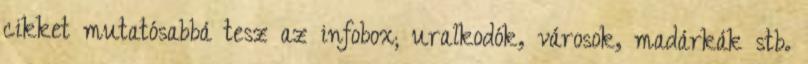
cikket mutatósabbá tesz az infobox; uralkodók, városok, madárkák stb.